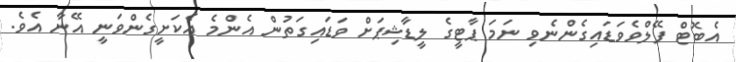
އެބޮޓް ފޭލްވެވަޑައިގެންނެވި ނަމަ ޕާޓީގެ ލީޑާޝިޕަށް ވަޑައިގަތުން އެންމެ އެކަށީގެންވަނީ އޭނާ އެވެ.